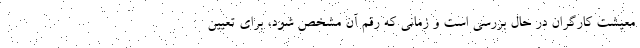
معیشت کارگران در حال بررسی است و زمانی که رقم آن مشخص شود، برای تعیین